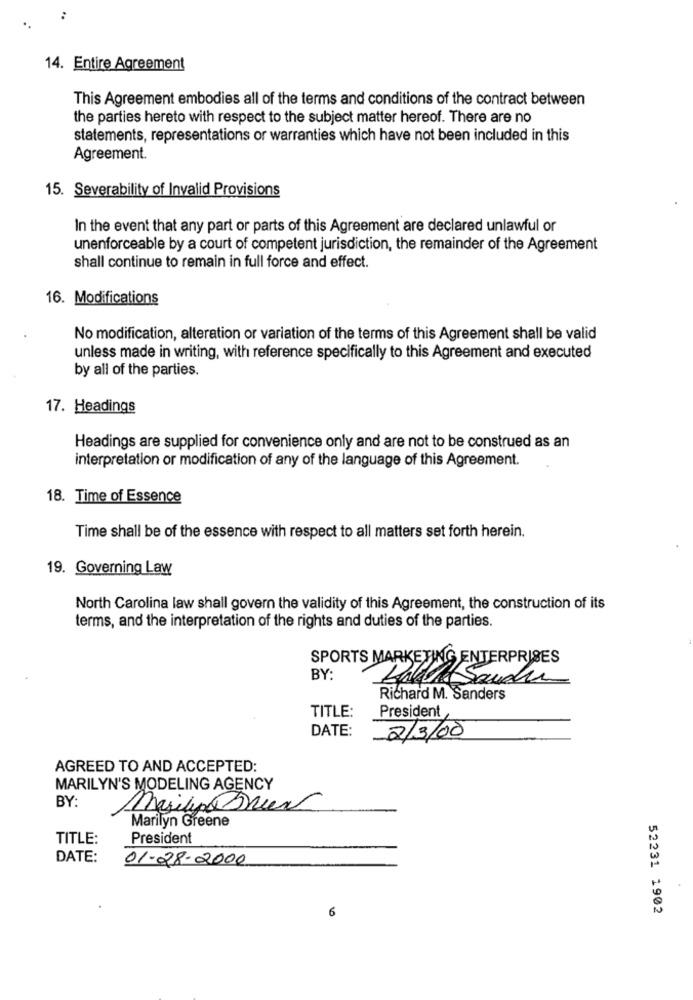
14. Entire Agreement
This Agreement embodies all of the terms and conditions of the contract between
the parties hereto with respect to the subject matter hereof. There are no
statements, representations or warranties which have not been included in this
Agreement.
15. Severability of Invalid Provisions
In the event that any part or parts of this Agreement are declared unlawful or
unenforceable by a court of competent jurisdiction, the remainder of the Agreement
shall continue to remain in full force and effect.
16. Modifications
No modification, alteration or variation of the terms of this Agreement shall be valid
unless made in writing, with reference specifically to this Agreement and executed
by all of the parties.
17. Headings
Headings are supplied for convenience only and are not to be construed as an
interpretation or modification of any of the language of this Agreement.
18. Time of Essence
Time shall be of the essence with respect to all matters set forth herein.
19. Governing Law
North Carolina law shall govern the validity of this Agreement, the construction of its
terms, and the interpretation of the rights and duties of the parties.
SPORTS MARKETING ENTERPRISES
BY:
Huit Sandra
Richard M. Sanders
TITLE:
President
DATE:
2/3/00
AGREED TO AND ACCEPTED:
MARILYN'S MODELING AGENCY
BY:
Mejil Brun
Marilyn Greene
TITLE:
President
DATE:
01-28-2000
6
52231 1902